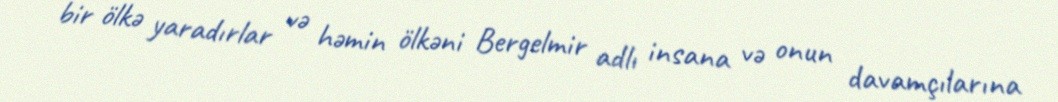
bir ölkə yaradırlar və həmin ölkəni Bergelmir adlı insana və onun davamçılarına